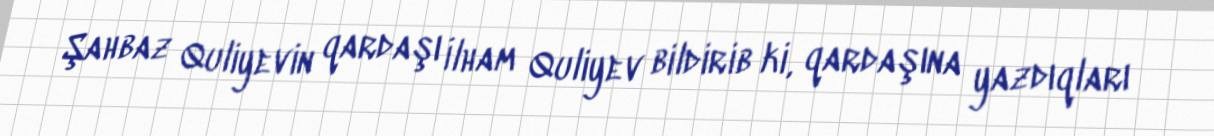
Şahbaz Quliyevin qardaşı İlham Quliyev bildirib ki, qardaşına yazdıqları